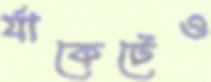
র‍্যাকেটেও